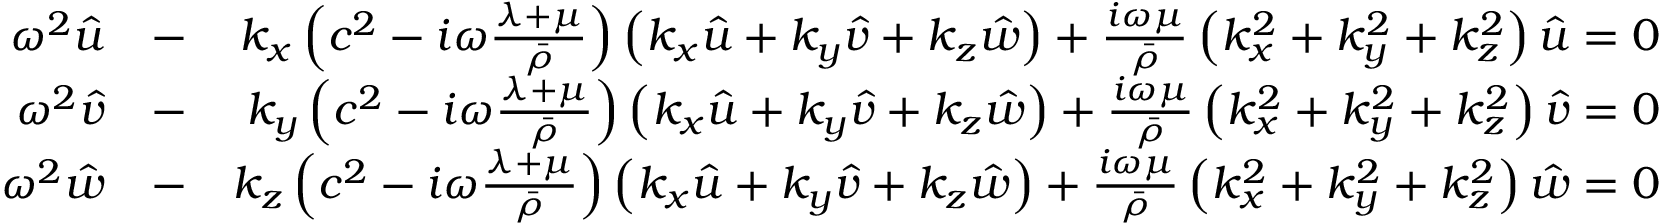
\begin{array} { r l r } { \omega ^ { 2 } \hat { u } } & { - } & { k _ { x } \left( c ^ { 2 } - i \omega \frac { \lambda + \mu } { \bar { \rho } } \right) \left( k _ { x } \hat { u } + k _ { y } \hat { v } + k _ { z } \hat { w } \right) + \frac { i \omega \mu } { \bar { \rho } } \left( k _ { x } ^ { 2 } + k _ { y } ^ { 2 } + k _ { z } ^ { 2 } \right) \hat { u } = 0 } \\ { \omega ^ { 2 } \hat { v } } & { - } & { k _ { y } \left( c ^ { 2 } - i \omega \frac { \lambda + \mu } { \bar { \rho } } \right) \left( k _ { x } \hat { u } + k _ { y } \hat { v } + k _ { z } \hat { w } \right) + \frac { i \omega \mu } { \bar { \rho } } \left( k _ { x } ^ { 2 } + k _ { y } ^ { 2 } + k _ { z } ^ { 2 } \right) \hat { v } = 0 } \\ { \omega ^ { 2 } \hat { w } } & { - } & { k _ { z } \left( c ^ { 2 } - i \omega \frac { \lambda + \mu } { \bar { \rho } } \right) \left( k _ { x } \hat { u } + k _ { y } \hat { v } + k _ { z } \hat { w } \right) + \frac { i \omega \mu } { \bar { \rho } } \left( k _ { x } ^ { 2 } + k _ { y } ^ { 2 } + k _ { z } ^ { 2 } \right) \hat { w } = 0 } \end{array}